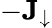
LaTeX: -\mathbf{J}_{\downarrow}